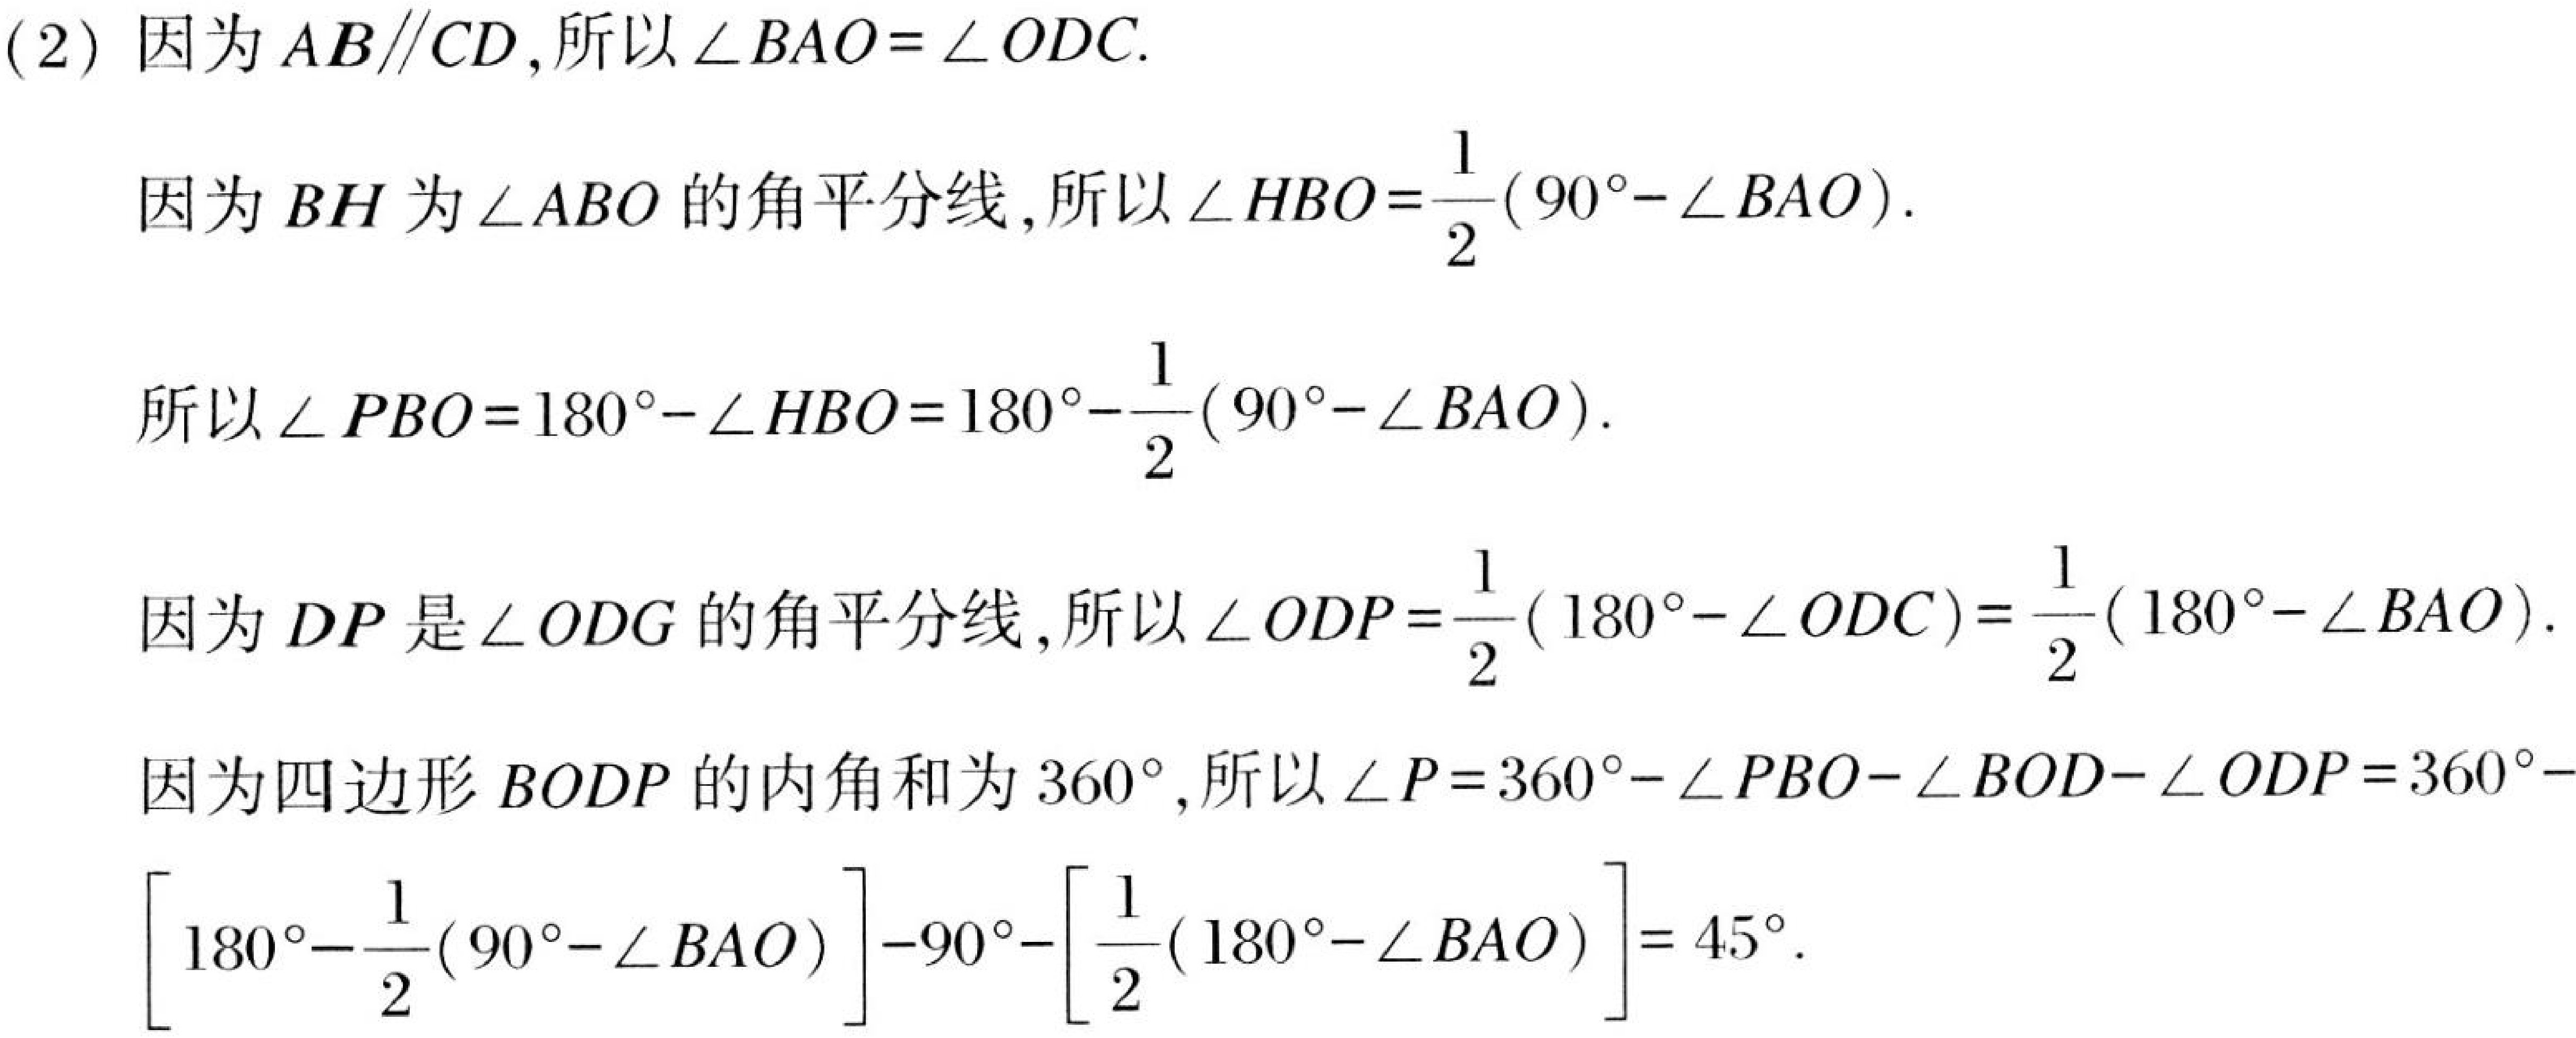
(2) 因为\(AB\parallel CD\),所以\(\angle BAO = \angle ODC\).
因为\(BH\)为\(\angle ABO\)的角平分线,所以\(\angle HBO=\frac{1}{2}(90^{\circ}-\angle BAO)\).
所以\(\angle PBO = 180^{\circ}-\angle HBO=180^{\circ}-\frac{1}{2}(90^{\circ}-\angle BAO)\).
因为\(DP\)是\(\angle ODG\)的角平分线,所以\(\angle ODP=\frac{1}{2}(180^{\circ}-\angle ODC)=\frac{1}{2}(180^{\circ}-\angle BAO)\).
因为四边形\(BODP\)的内角和为\(360^{\circ}\),所以\(\angle P = 360^{\circ}-\angle PBO-\angle BOD-\angle ODP = 360^{\circ}-
\left[180^{\circ}-\frac{1}{2}(90^{\circ}-\angle BAO)\right]-90^{\circ}-\left[\frac{1}{2}(180^{\circ}-\angle BAO)\right]= 45^{\circ}\).